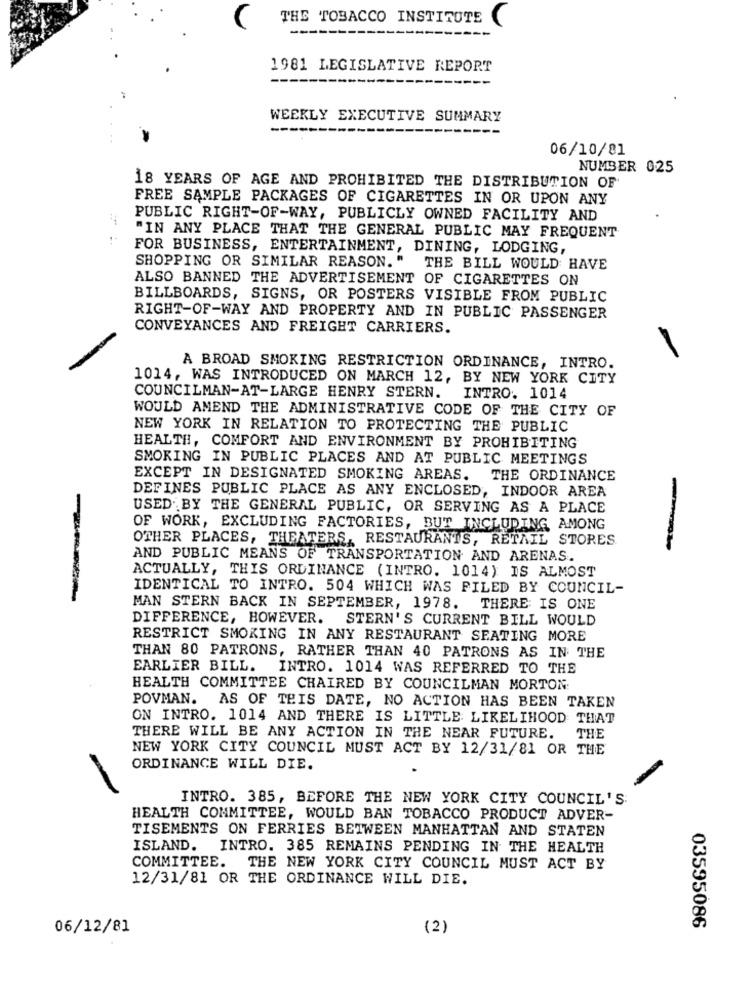
THE TOBACCO INSTITUTE
1981 LEGISLATIVE REPORT
--
WEEKLY EXECUTIVE SUMMARY
--
06/10/81
NUMBER 025
18 YEARS OF AGE AND PROHIBITED THE DISTRIBUTION OF
FREE SAMPLE PACKAGES OF CIGARETTES IN OR UPON ANY
PUBLIC RIGHT-OF-WAY, PUBLICLY OWNED FACILITY AND
"IN ANY PLACE THAT THE GENERAL PUBLIC MAY FREQUENT
FOR BUSINESS, ENTERTAINMENT, DINING, LODGING,
SHOPPING OR SIMILAR REASON. "
THE BILL WOULD HAVE
ALSO BANNED THE ADVERTISEMENT OF CIGARETTES ON
BILLBOARDS, SIGNS, OR POSTERS VISIBLE FROM PUBLIC
RIGHT-OF-WAY AND PROPERTY AND IN PUBLIC PASSENGER
CONVEYANCES AND FREIGHT CARRIERS.
A BROAD SMOKING RESTRICTION ORDINANCE, INTRO.
1014, WAS INTRODUCED ON MARCH 12, BY NEW YORK CITY
COUNCILMAN-AT-LARGE HENRY STERN.
INTRO. 1014
WOULD AMEND THE ADMINISTRATIVE CODE OF THE CITY OF
NEW YORK IN RELATION TO PROTECTING THE PUBLIC
HEALTH, COMFORT AND ENVIRONMENT BY PROHIBITING
SMOKING IN PUBLIC PLACES AND AT PUBLIC MEETINGS
EXCEPT IN DESIGNATED SMOKING AREAS.
THE ORDINANCE
DEFINES PUBLIC PLACE AS ANY ENCLOSED, INDOOR AREA
USED BY THE GENERAL PUBLIC, OR SERVING AS A PLACE
OF WORK, EXCLUDING FACTORIES, BUT INCLUDING AMONG
OTHER PLACES, THEATERS, RESTAURANTS, RETAIL STORES
AND PUBLIC MEANS OF TRANSPORTATION AND ARENAS.
ACTUALLY, THIS ORDINANCE (INTRO. 1014) IS ALMOST
IDENTICAL TO INTRO. 504 WHICH WAS FILED BY COUNCIL-
MAN STERN BACK IN SEPTEMBER, 1978.
THERE IS ONE
DIFFERENCE, HOWEVER.
STERN'S CURRENT BILL WOULD
RESTRICT SMOKING IN ANY RESTAURANT SEATING MORE
THAN 80 PATRONS, RATHER THAN 40 PATRONS AS IN THE
EARLIER BILL.
INTRO. 1014 WAS REFERRED TO THE
HEALTH COMMITTEE CHAIRED BY COUNCILMAN MORTON:
POVMAN. AS OF THIS DATE, NO ACTION HAS BEEN TAKEN
ON INTRO. 1014 AND THERE IS LITTLE LIKELIHOOD THAT
THERE WILL BE ANY ACTION IN THE NEAR FUTURE.
THE
NEW YORK CITY COUNCIL MUST ACT BY 12/31/81 OR THE
ORDINANCE WILL DIE.
INTRO. 385, BEFORE THE NEW YORK CITY COUNCIL'S:
HEALTH COMMITTEE, WOULD BAN TOBACCO PRODUCT ADVER-
TISEMENTS ON FERRIES BETWEEN MANHATTAN AND STATEN
ISLAND.
INTRO. 385 REMAINS PENDING IN THE HEALTH
COMMITTEE.
THE NEW YORK CITY COUNCIL MUST ACT BY
12/31/81 OR THE ORDINANCE WILL DIE.
06/12/81
(2)
03595086